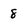
Character: 8